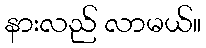
နားလည် လာမယ်။